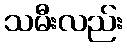
သမီးလည်း